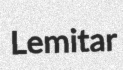
Lemitar